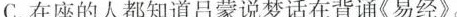
C.在座的人都知道吕蒙说梦话在背诵《易经》。